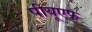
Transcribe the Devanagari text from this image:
पीयूएफ